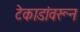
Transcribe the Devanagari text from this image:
टेकाडांवरून